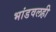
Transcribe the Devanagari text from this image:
भांडवलही